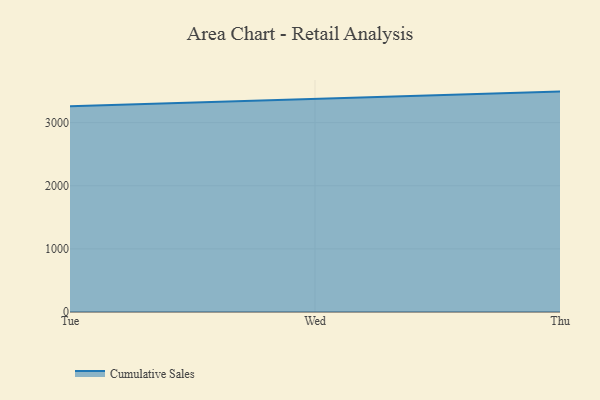
{"axis": {"x": "Day", "y": "Website Visitors"}, "legend": ["Cumulative Sales"], "data": [{"x": "Tue", "y": 3260.1, "type": "Cumulative Sales"}, {"x": "Wed", "y": 3376.6, "type": "Cumulative Sales"}, {"x": "Thu", "y": 3492.2, "type": "Cumulative Sales"}]}